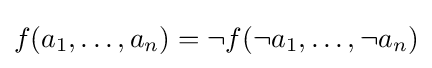
f(a_{1},\dots ,a_{n})=\neg f(\neg a_{1},\dots ,\neg a_{n})